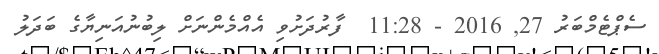
ސެޕްޓެމްބަރު 27